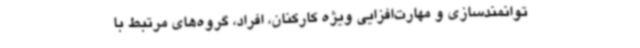
توانمندسازی و مهارت‌افزایی ویژه کارکنان، افراد، گروه‌های مرتبط با